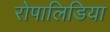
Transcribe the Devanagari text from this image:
रोपालिडिया